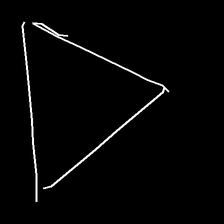
Glyph: convergence